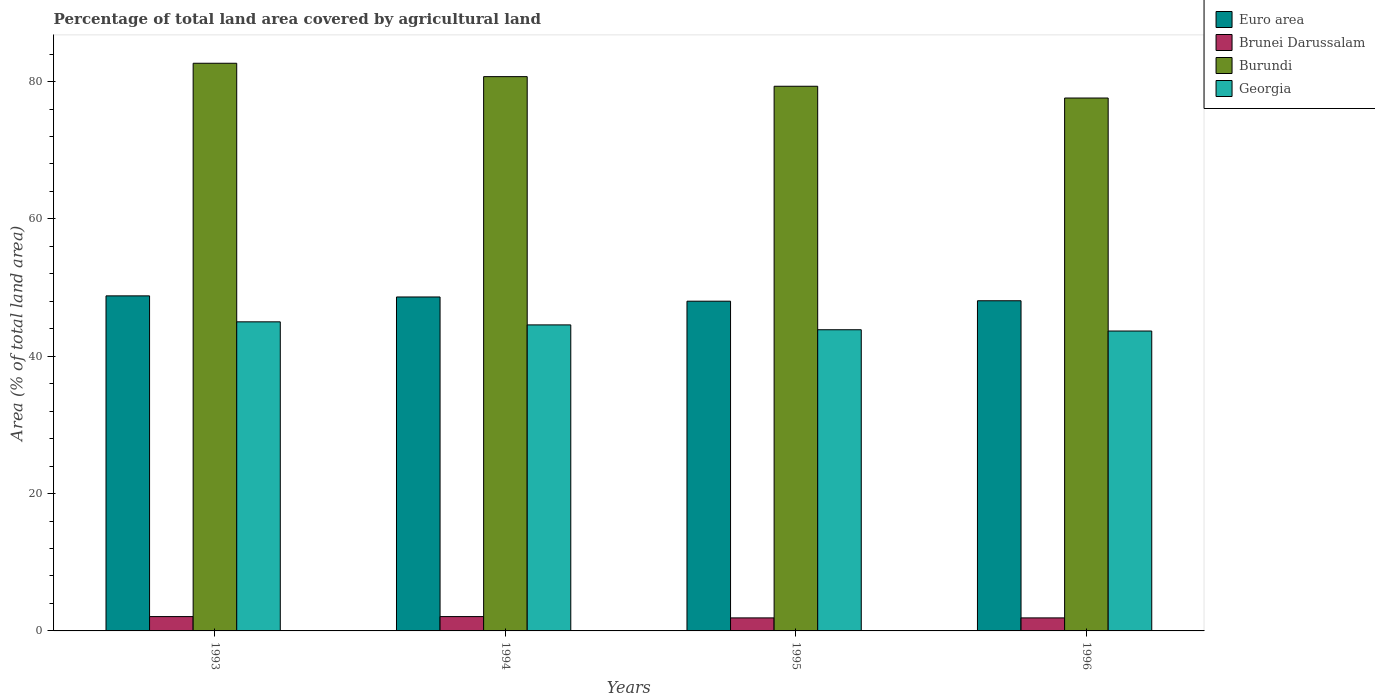
| Years | Euro area | Brunei Darussalam | Burundi | Georgia |
 | --- | --- | --- | --- | --- |
 | 1993 | 48.8 | 2.09 | 82.7 | 45 |
 | 1994 | 48.6 | 2.09 | 80.7 | 44.6 |
 | 1995 | 48 | 1.9 | 79.3 | 43.9 |
 | 1996 | 48.1 | 1.9 | 77.6 | 43.7 |